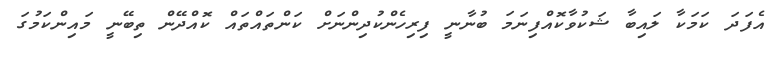
އެފަދަ ކަމަކާ ލައިބާ ޝަކުވާކޮއްފިނަމަ ބުނާނީ ފިރިހެންކުދިންނަށް ކަންތައްތައް ކޮއްދޭން ތިބޭނީ މައިންކަމުގަ